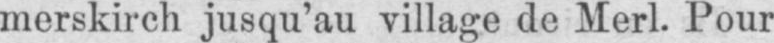
merskirch jusqu’au village de Merl. Pour